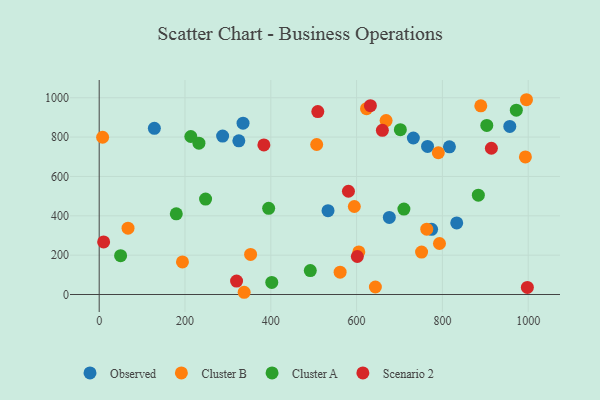
{"axis": {"x": "Study Hours", "y": "Rating"}, "legend": ["Cluster A", "Cluster B", "Observed", "Scenario 2"], "data": [{"x": "774.8", "y": 331.2, "type": "Observed"}, {"x": "676.3", "y": 391.7, "type": "Observed"}, {"x": "335.3", "y": 870.8, "type": "Observed"}, {"x": "816.4", "y": 750.6, "type": "Observed"}, {"x": "833.4", "y": 363.8, "type": "Observed"}, {"x": "128.6", "y": 844.4, "type": "Observed"}, {"x": "533.4", "y": 426.0, "type": "Observed"}, {"x": "287.7", "y": 805.2, "type": "Observed"}, {"x": "957.1", "y": 854.2, "type": "Observed"}, {"x": "732.3", "y": 795.3, "type": "Observed"}, {"x": "765.4", "y": 752.4, "type": "Observed"}, {"x": "325.5", "y": 781.1, "type": "Observed"}, {"x": "67.2", "y": 337.2, "type": "Cluster B"}, {"x": "996.0", "y": 989.9, "type": "Cluster B"}, {"x": "594.7", "y": 447.3, "type": "Cluster B"}, {"x": "790.5", "y": 720.3, "type": "Cluster B"}, {"x": "668.8", "y": 884.1, "type": "Cluster B"}, {"x": "194.1", "y": 165.8, "type": "Cluster B"}, {"x": "507.0", "y": 762.3, "type": "Cluster B"}, {"x": "889.5", "y": 958.7, "type": "Cluster B"}, {"x": "605.2", "y": 216.3, "type": "Cluster B"}, {"x": "993.5", "y": 699.3, "type": "Cluster B"}, {"x": "352.9", "y": 203.6, "type": "Cluster B"}, {"x": "623.2", "y": 944.4, "type": "Cluster B"}, {"x": "751.5", "y": 215.5, "type": "Cluster B"}, {"x": "793.2", "y": 259.3, "type": "Cluster B"}, {"x": "763.6", "y": 332.1, "type": "Cluster B"}, {"x": "643.8", "y": 38.2, "type": "Cluster B"}, {"x": "337.9", "y": 11.3, "type": "Cluster B"}, {"x": "561.6", "y": 113.5, "type": "Cluster B"}, {"x": "8.0", "y": 799.3, "type": "Cluster B"}, {"x": "395.0", "y": 438.2, "type": "Cluster A"}, {"x": "49.9", "y": 197.2, "type": "Cluster A"}, {"x": "248.0", "y": 484.8, "type": "Cluster A"}, {"x": "702.0", "y": 837.5, "type": "Cluster A"}, {"x": "972.3", "y": 936.7, "type": "Cluster A"}, {"x": "402.3", "y": 61.6, "type": "Cluster A"}, {"x": "903.5", "y": 859.2, "type": "Cluster A"}, {"x": "179.7", "y": 409.9, "type": "Cluster A"}, {"x": "883.8", "y": 504.6, "type": "Cluster A"}, {"x": "492.1", "y": 121.8, "type": "Cluster A"}, {"x": "232.5", "y": 769.2, "type": "Cluster A"}, {"x": "213.6", "y": 802.9, "type": "Cluster A"}, {"x": "710.3", "y": 434.2, "type": "Cluster A"}, {"x": "998.1", "y": 36.2, "type": "Scenario 2"}, {"x": "509.6", "y": 929.5, "type": "Scenario 2"}, {"x": "660.1", "y": 834.6, "type": "Scenario 2"}, {"x": "632.2", "y": 959.7, "type": "Scenario 2"}, {"x": "383.9", "y": 760.0, "type": "Scenario 2"}, {"x": "10.4", "y": 267.2, "type": "Scenario 2"}, {"x": "914.2", "y": 743.3, "type": "Scenario 2"}, {"x": "581.0", "y": 524.7, "type": "Scenario 2"}, {"x": "320.2", "y": 68.3, "type": "Scenario 2"}, {"x": "601.7", "y": 193.2, "type": "Scenario 2"}]}